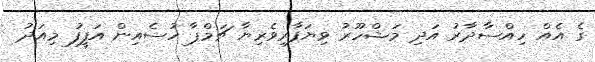
ގެ އެއް ހިއްސާދާރު އަދި މަޝްހޫރު ވިޔަފާރިވެރިޔާ ޗަމްޕާ ހުސެއިން އަފީފު މިއަދު